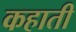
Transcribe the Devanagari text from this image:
कहाती